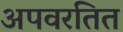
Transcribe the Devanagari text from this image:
अपवरतित